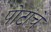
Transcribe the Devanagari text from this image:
पोटांचे